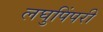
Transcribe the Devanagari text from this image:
लघुपिंपरी